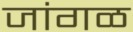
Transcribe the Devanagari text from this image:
जांगळ